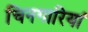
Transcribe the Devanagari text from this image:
चिनगारियां